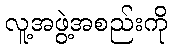
လူ့အဖွဲ့အစည်းကို